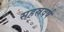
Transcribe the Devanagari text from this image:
सहस्रवर्ष